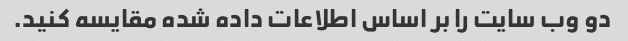
دو وب سایت را بر اساس اطلاعات داده شده مقایسه کنید.